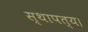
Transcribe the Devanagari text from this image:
स्थापत्य।